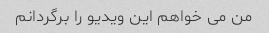
من می خواهم این ویدیو را برگردانم